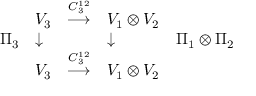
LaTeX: \begin{array} { l l c l l } { { } } & { { V _ { 3 } } } & { { \stackrel { C _ { 3 } ^ { 1 2 } } { \longrightarrow } } } & { { V _ { 1 } \otimes V _ { 2 } } } & { { } } \\ { { \Pi _ { 3 } } } & { { \downarrow } } & { { } } & { { \downarrow } } & { { \Pi _ { 1 } \otimes \Pi _ { 2 } } } \\ { { } } & { { V _ { 3 } } } & { { \stackrel { C _ { 3 } ^ { 1 2 } } { \longrightarrow } } } & { { V _ { 1 } \otimes V _ { 2 } } } & { { } } \end{array}